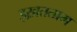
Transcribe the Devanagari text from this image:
इख़तताम